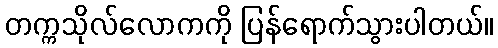
တက္ကသိုလ်လောကကို ပြန်ရောက်သွားပါတယ်။